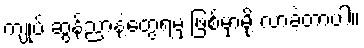
ကျုပ် ဆွန်ညာနဲ့တွေ့ရမှ ဖြစ်မှာမို့ လာခဲ့တာပါ။